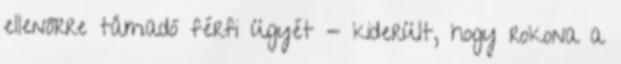
ellenőrre támadó férfi ügyét - kiderült, hogy rokona a